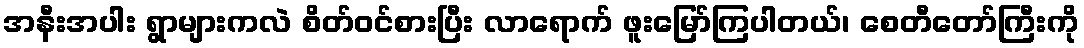
အနီးအပါး ရွာများကလဲ စိတ်ဝင်စားပြီး လာရောက် ဖူးမြော်ကြပါတယ်၊ စေတီတော်ကြီးကို